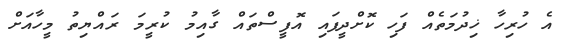
އެ ހުރިހާ ޚިދުމަތެއް ފަހި ކޮށްދީފައި އޮފީސްތައް ގާއިމު ކުރީމަ ރައްޔިތު މީހާއަށް